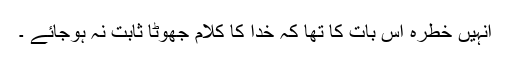
انہیں خطرہ اس بات کا تھا کہ خدا کا کلام جھوٹا ثابت نہ ہوجائے ۔